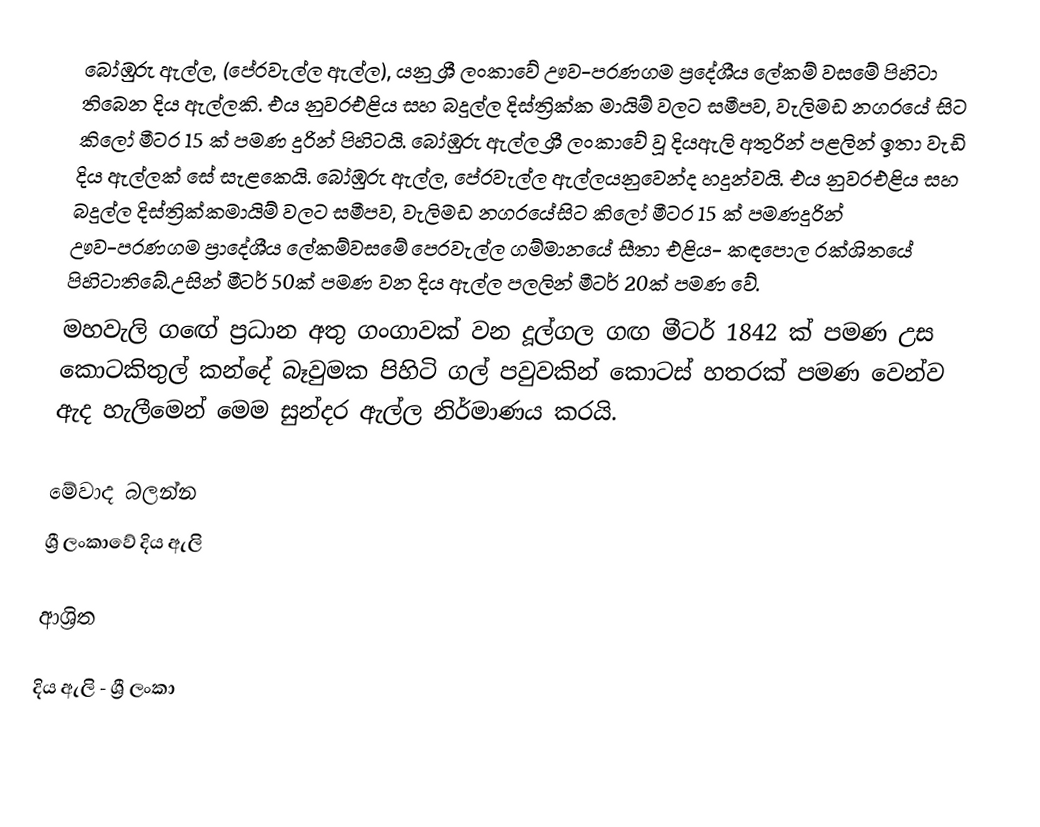
බෝඹුරු ඇල්ල, (පේරවැල්ල ඇල්ල), යනු ශ්‍රී ලංකාවේ ඌව-පරණගම ප්‍රදේශීය ලේකම් වසමේ පිහිටා තිබෙන දිය ඇල්ලකි. එය නුවරඑළිය සහ බදුල්ල දිස්ත්‍රික්ක මායිම් වලට සමීපව, වැලිමඩ නගරයේ සිට කිලෝ මීටර 15 ක් පමණ දුරින් පිහිටයි. බෝඹුරු ඇල්ල ශ්‍රී ලංකාවේ වූ දියඇලි අතුරින් පළලින් ඉතා වැඩි දිය ඇල්ලක් සේ සැළකෙයි.   බෝඹුරු ඇල්ල, පේරවැල්ල ඇල්ලයනුවෙන්ද හදුන්වයි. එය නුවරඑළිය සහ බදුල්ල දිස්ත්‍රික්කමායිම් වලට සමීපව, වැලිමඩ නගරයේසිට කිලෝ මීටර 15 ක් පමණදුරින් ඌව-පරණගම ප්‍රාදේශීය ලේකම්වසමේ පෙරවැල්ල ගම්මානයේ සීතා එළිය- කඳපොල රක්ශිතයේ පිහිටාතිබේ.උසින් මීටර් 50ක් පමණ වන දිය ඇල්ල පලලින් මීටර් 20ක් පමණ වේ.
මහවැලි ගඟේ ප්‍රධාන අතු ගංගාවක් වන දූල්ගල ගඟ මීටර් 1842 ක් පමණ උස කොටකිතුල් කන්දේ බෑවුමක පිහිටි ගල් පවුවකින් කොටස් හතරක් පමණ වෙන්ව ඇද හැලීමෙන් මෙම සුන්දර ඇල්ල නිර්මාණය කරයි.

මේවාද බලන්න
 ශ්‍රී ලංකාවේ දිය ඇලි

ආශ්‍රිත

දිය ඇලි - ශ්‍රී ලංකා